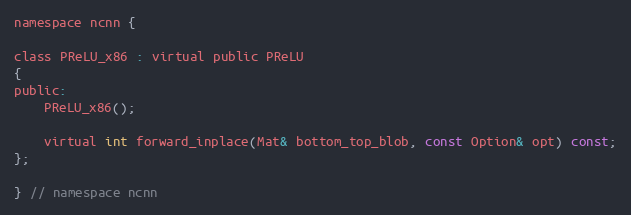
Language: C
namespace ncnn {

class PReLU_x86 : virtual public PReLU
{
public:
    PReLU_x86();

    virtual int forward_inplace(Mat& bottom_top_blob, const Option& opt) const;
};

} // namespace ncnn